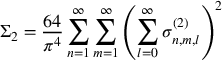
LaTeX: \Sigma _ { 2 } = \frac { 6 4 } { \pi ^ { 4 } } \sum _ { n = 1 } ^ { \infty } \sum _ { m = 1 } ^ { \infty } \left( \sum _ { l = 0 } ^ { \infty } \sigma _ { n , m , l } ^ { ( 2 ) } \right) ^ { 2 }